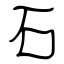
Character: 石